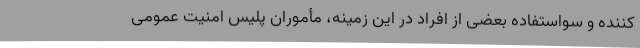
کننده و سواستفاده بعضی از افراد در این زمینه، مأموران پلیس امنیت عمومی